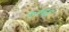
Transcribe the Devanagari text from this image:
०१६६